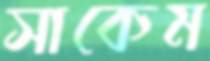
সাকেম